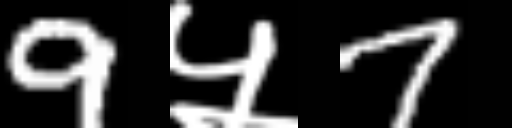
Text: 9५7